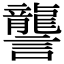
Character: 讋